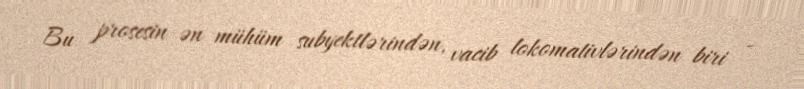
Bu prosesin ən mühüm subyektlərindən, vacib lokomativlərindən biri -